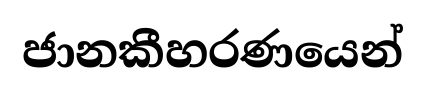
ජානකීහරණයෙන්